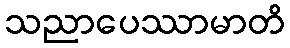
သညာပေဿာမာတိ